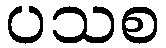
ပသစ